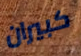
كبيران